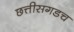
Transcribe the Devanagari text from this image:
छत्तीसगडच